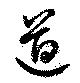
遒